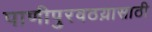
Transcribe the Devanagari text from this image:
पाणीपुरवठय़ासाठी